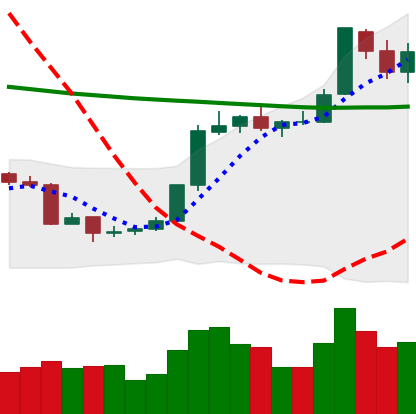
Ticker: BTC-USD
Chart end date: 2018-07-27
Forward return: -6.615%
Label: down_5_7